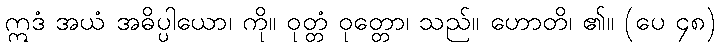
ဣဒံ အယံ အဓိပ္ပါယော၊ ကို။ ဝုတ္တံ ဝုတ္တော၊ သည်။ ဟောတိ၊ ၏။ (ပေ ၄၈)